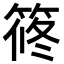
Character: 𥮴